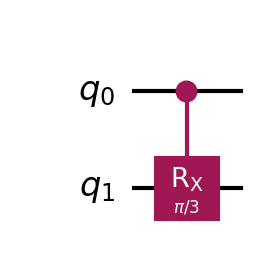
Description: Controlled-Rx: decomposed into Rx-CNOT-Rx-CNOT
描述: 受控Rx门：分解为Rx-CNOT-Rx-CNOT
Category: gate_coverage (difficulty: basic)
Qubits: 2, circuit depth: 4

Braket implementation:
import math
from braket.circuits import Circuit
# Braket 没有原生 CRx，用分解: Rz(-π/2)-CNOT-Rz(π/2)-Ry(-θ/2)-CNOT-Ry(θ/2)
# 等价分解: Rx(θ/2)-CNOT-Rx(-θ/2)-CNOT (简化)
theta = math.pi / 3
circuit = Circuit()
circuit.rx(1, theta / 2)
circuit.cnot(0, 1)
circuit.rx(1, -theta / 2)
circuit.cnot(0, 1)